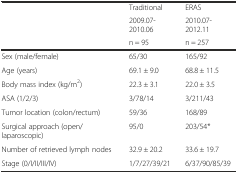
<table><thead><tr><td></td><td><b>Traditional</b></td><td><b>ERAS</b></td></tr><tr><td></td><td><b>2009.07-2010.06</b></td><td><b>2010.07-2012.11</b></td></tr><tr><td></td><td><b>n = 95</b></td><td><b>n = 257</b></td></tr></thead><tbody><tr><td>Sex (male/female)</td><td>65/30</td><td>165/92</td></tr><tr><td>Age (years)</td><td>69.1 ± 9.0</td><td>68.8 ± 11.5</td></tr><tr><td>Body mass index (kg/m<sup>2</sup>)</td><td>22.3 ± 3.1</td><td>22.0 ± 3.5</td></tr><tr><td>ASA (1/2/3)</td><td>3/78/14</td><td>3/211/43</td></tr><tr><td>Tumor location (colon/rectum)</td><td>59/36</td><td>168/89</td></tr><tr><td>Surgical approach (open/laparoscopic)</td><td>95/0</td><td>203/54*</td></tr><tr><td>Number of retrieved lymph nodes</td><td>32.9 ± 20.2</td><td>33.6 ± 19.7</td></tr><tr><td>Stage (0/I/II/III/IV)</td><td>1/7/27/39/21</td><td>6/37/90/85/39</td></tr></tbody></table>